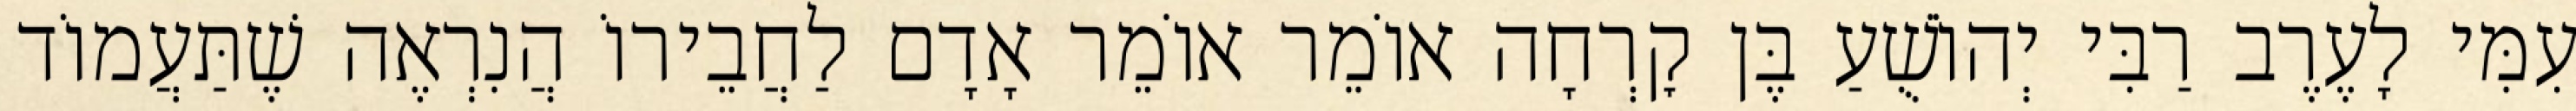
עִמִּי לָעֶרֶב רַבִּי יְהוֹשֻׁעַ בֶּן קׇרְחָה אוֹמֵר אוֹמֵר אָדָם לַחֲבֵירוֹ הֲנִרְאֶה שֶׁתַּעֲמוֹד